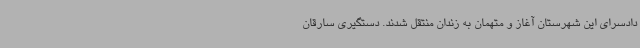
دادسرای این شهرستان آغاز و متهمان به زندان منتقل شدند. دستگیری سارقان